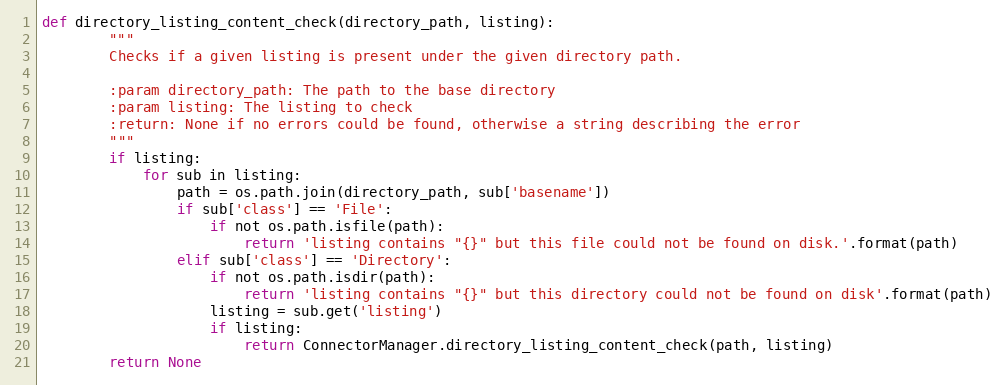
Language: Python
def directory_listing_content_check(directory_path, listing):
        """
        Checks if a given listing is present under the given directory path.

        :param directory_path: The path to the base directory
        :param listing: The listing to check
        :return: None if no errors could be found, otherwise a string describing the error
        """
        if listing:
            for sub in listing:
                path = os.path.join(directory_path, sub['basename'])
                if sub['class'] == 'File':
                    if not os.path.isfile(path):
                        return 'listing contains "{}" but this file could not be found on disk.'.format(path)
                elif sub['class'] == 'Directory':
                    if not os.path.isdir(path):
                        return 'listing contains "{}" but this directory could not be found on disk'.format(path)
                    listing = sub.get('listing')
                    if listing:
                        return ConnectorManager.directory_listing_content_check(path, listing)
        return None